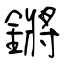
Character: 鏘